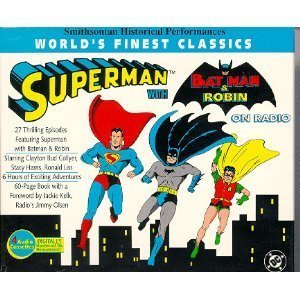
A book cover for Superman With Batman & Robin (Smithsonian Historical Performances); Smithsburg Historical Society; Humor & Entertainment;